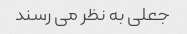
جعلی به نظر می رسند